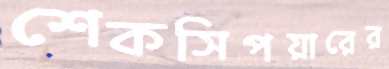
শেকসিপয়ারের